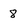
Character: 8